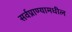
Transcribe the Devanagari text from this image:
सर्वप्राण्यामधील